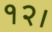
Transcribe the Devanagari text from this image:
१२।